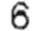
6